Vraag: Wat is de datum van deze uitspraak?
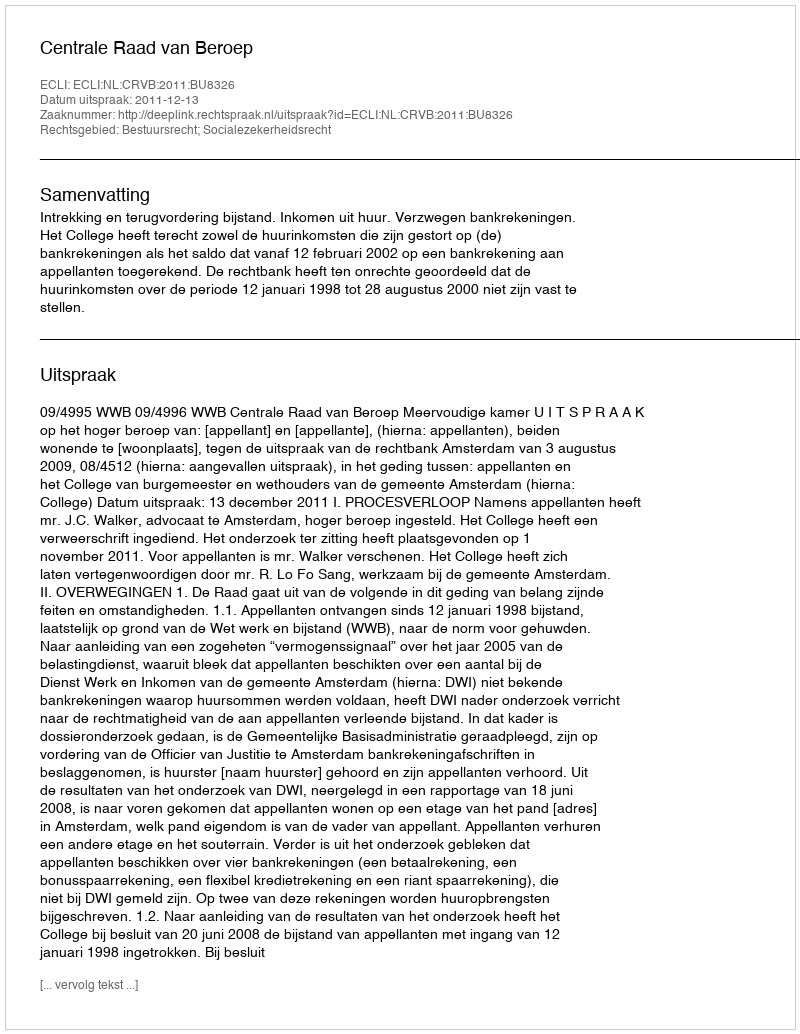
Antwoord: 2011-12-13